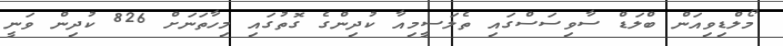
މޯލްޑިވިއަން ބްލަޑް ސާވިސަސްގައި ތެލަސީމިއާ ކުދިންގެ ގޮތުގައި މިހާތަނަށް 826 ކުދިން ވަނީ